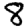
Digit: 8